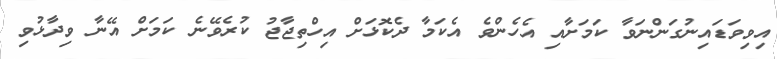
އިވިވަޑައިނުގަންނަވާ ކަމަށާއި އެހެންވެ އެކަމާ ދެކޮޅަށް އިހްތިޖާޖު ކުރެވޭނެ ކަމަށް އޭނާ ވިދާޅުވި